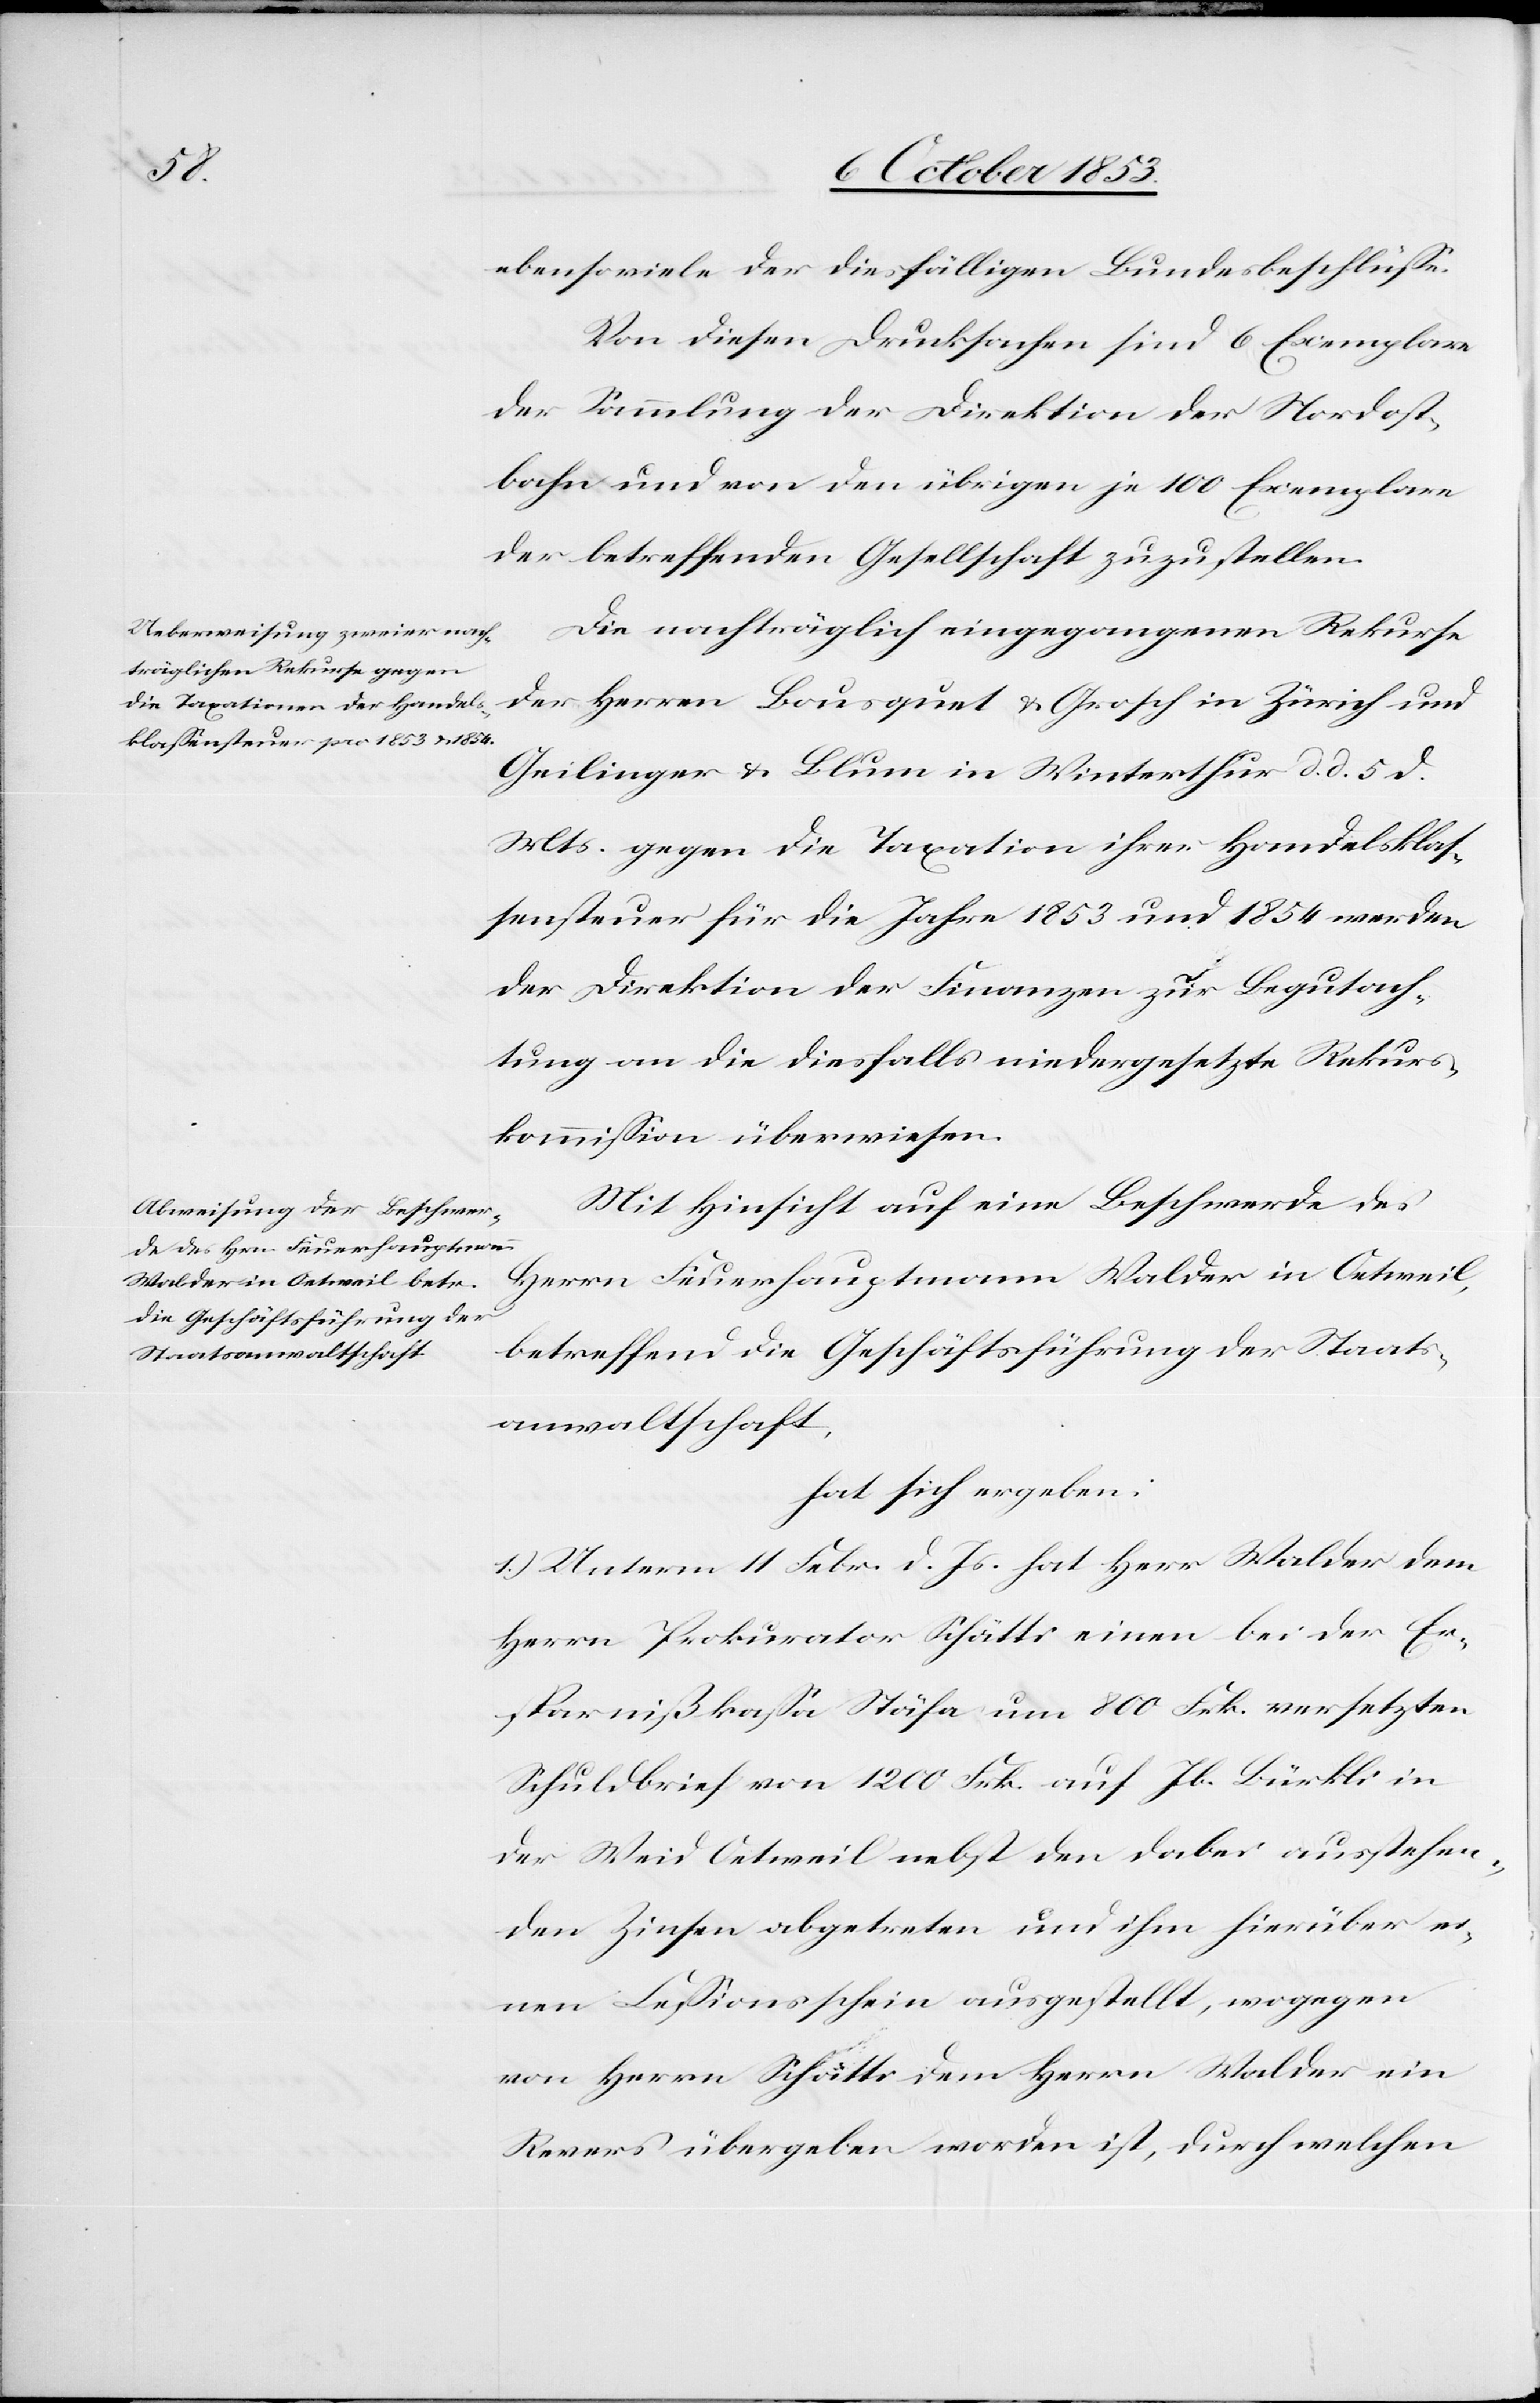
ebensoviele der diesfälligen Bundesbeschlüße.
Von diesen Drucksachen sind 6 Exemplare
der Sammlung der Direktion der Nordost¬
bahn und von den übrigen je 100 Exemplaren
der betreffenden Gesellschaft zuzustellen.
Die nachträglich eingegangenen Rekurse
der Herren Bousquet u. Grosch in Zürich und
Geilinger u. Blum in Winterthur d. d. 5 d.
Mts. gegen die Taxationen ihrer Handelsklas¬
sensteuer für die Jahre 1853 und 1854 werden
der Direktion der Finanzen zur Begutach¬
tung an die diesfalls niedergesetzte Rekurs¬
kommißion überwiesen.
Mit Hinsicht auf eine Beschwerde des
Herrn Feuerhauptmann Walder in Oetweil,
betreffend die Geschäftsführung der Staats¬
anwaltschaft.
hat sich ergeben:
1.) Unterm 11 Febr. d. Js. hat Herr Walder dem
Herrn Prokurator Schätti einen bei der Er¬
sparnißkaßa Stäfa um 800 Frk. versetzten
Schuldbrief von 1200 Frk. auf Jb. Bürkli in
der Weid Oetweil nebst den dabei aus ausstehen¬
den Zinsen abgetreten und ihm hierüber ei¬
nen Ceßionsschein ausgestellt, wogegen
von Herrn Schätti dem Herrn Walder ein
Rekurs übergeben worden ist, durch welchen